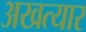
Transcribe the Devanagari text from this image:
अखत्यार